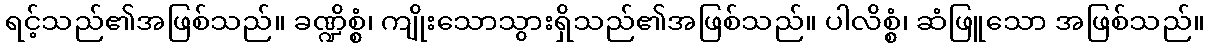
ရင့်သည်၏အဖြစ်သည်။ ခဏ္ဍိစ္စံ၊ ကျိုးသောသွားရှိသည်၏အဖြစ်သည်။ ပါလိစ္စံ၊ ဆံဖြူသော အဖြစ်သည်။